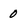
Character: 0